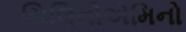
સિલિનોએમિનો